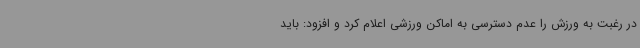
در رغبت به ورزش را عدم دسترسی به اماکن ورزشی اعلام کرد و افزود: باید